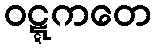
ဝဋ္ဋကတေ